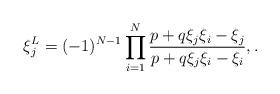
LaTeX: \begin{align*} \xi_j^L &= (-1)^{N-1}\prod_{i=1}^N \frac{p + q \xi_j \xi_i - \xi_j}{p + q \xi_j \xi_i - \xi_i}, . \end{align*}